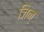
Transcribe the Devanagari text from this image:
जिन्